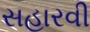
સહારવી